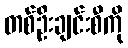
တစ်ဦးချင်းစီကို